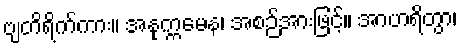
ဗျတိရိက်ကား။ အနုက္ကမေန၊ အစဉ်အားဖြင့်။ အာဟရိတွာ၊